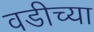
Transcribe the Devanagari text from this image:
वडीच्या